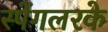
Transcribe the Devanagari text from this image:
स्पेंगलरके